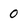
Character: 0